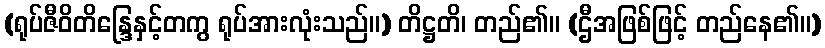
(ရုပ်ဇီဝိတိန္ဒြေနှင့်တကွ ရုပ်အားလုံးသည်။) တိဋ္ဌတိ၊ တည်၏။ (ဌီအဖြစ်ဖြင့် တည်နေ၏။)